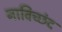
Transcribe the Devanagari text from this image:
नाविच्छंद